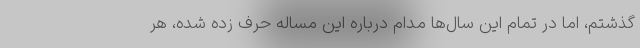
گذشتم، اما در تمام این سال‌ها مدام درباره این مساله حرف زده شده، هر